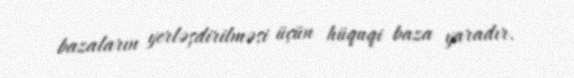
bazaların yerləşdirilməsi üçün hüquqi baza yaradır.